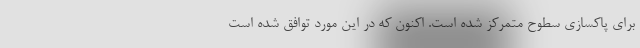
برای پاکسازی سطوح متمرکز شده است. اکنون که در این مورد توافق شده است